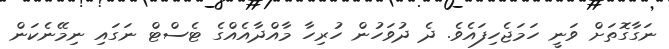
ނަގާގޮތަށް ވަނީ ހަމަޖެހިފައެވެ. ދެ ދުވަހުން ހުރިހާ މާއްދާއެއްގެ ޓެސްޓް ނަގައި ނިމޭނެކަން